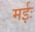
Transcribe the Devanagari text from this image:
मईः